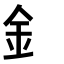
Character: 釒